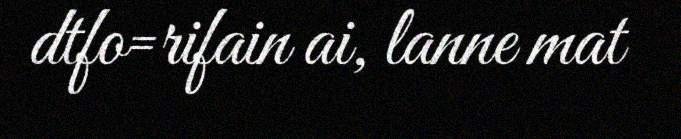
dtfo=rifain ai, lanne mat